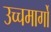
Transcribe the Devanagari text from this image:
उच्चमार्गों